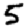
Digit: 5